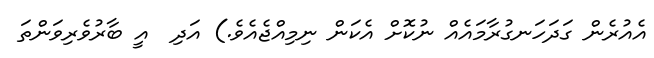
އެއުރެން ގަދަހަނގުރާމައެއް ނުކޮށް އެކަން ނިމިއްޖެއެވެ.) އަދި  އީ ބާރުވެރިވަންތަ